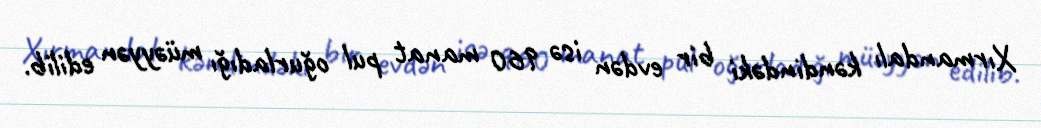
Xırmandalı kəndindəki bir evdən isə 960 manat pul oğurladığı müəyyən edilib.